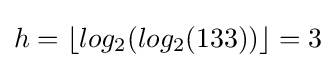
h=\lfloor log_{2}(log_{2}(133))\rfloor =3